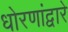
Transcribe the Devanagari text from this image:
धोरणांद्वारे